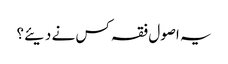
یہ اصول فقہ کس نے دیئے؟